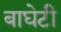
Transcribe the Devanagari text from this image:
बाघेटी